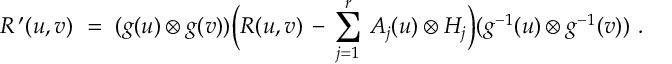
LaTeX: R ^ { \, \prime } ( u , v ) ~ = ~ ( g ( u ) \otimes g ( v ) ) \biggl ( R ( u , v ) \, - \, \sum _ { j = 1 } ^ { r } \, A _ { j } ( u ) \otimes H _ { j } \biggr ) ( g ^ { - 1 } ( u ) \otimes g ^ { - 1 } ( v ) ) ~ .